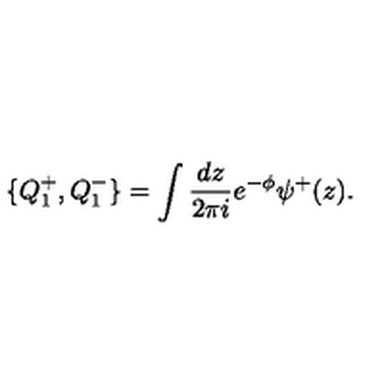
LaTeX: \{ Q _ { 1 } ^ { + } , Q _ { 1 } ^ { - } \} = \int { \frac { d z } { 2 \pi i } } e ^ { - \phi } \psi ^ { + } ( z ) .